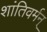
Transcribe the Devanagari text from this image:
शांतिवर्मन्